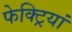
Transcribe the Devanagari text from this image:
फेक्ट्रियां